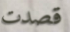
قصدت